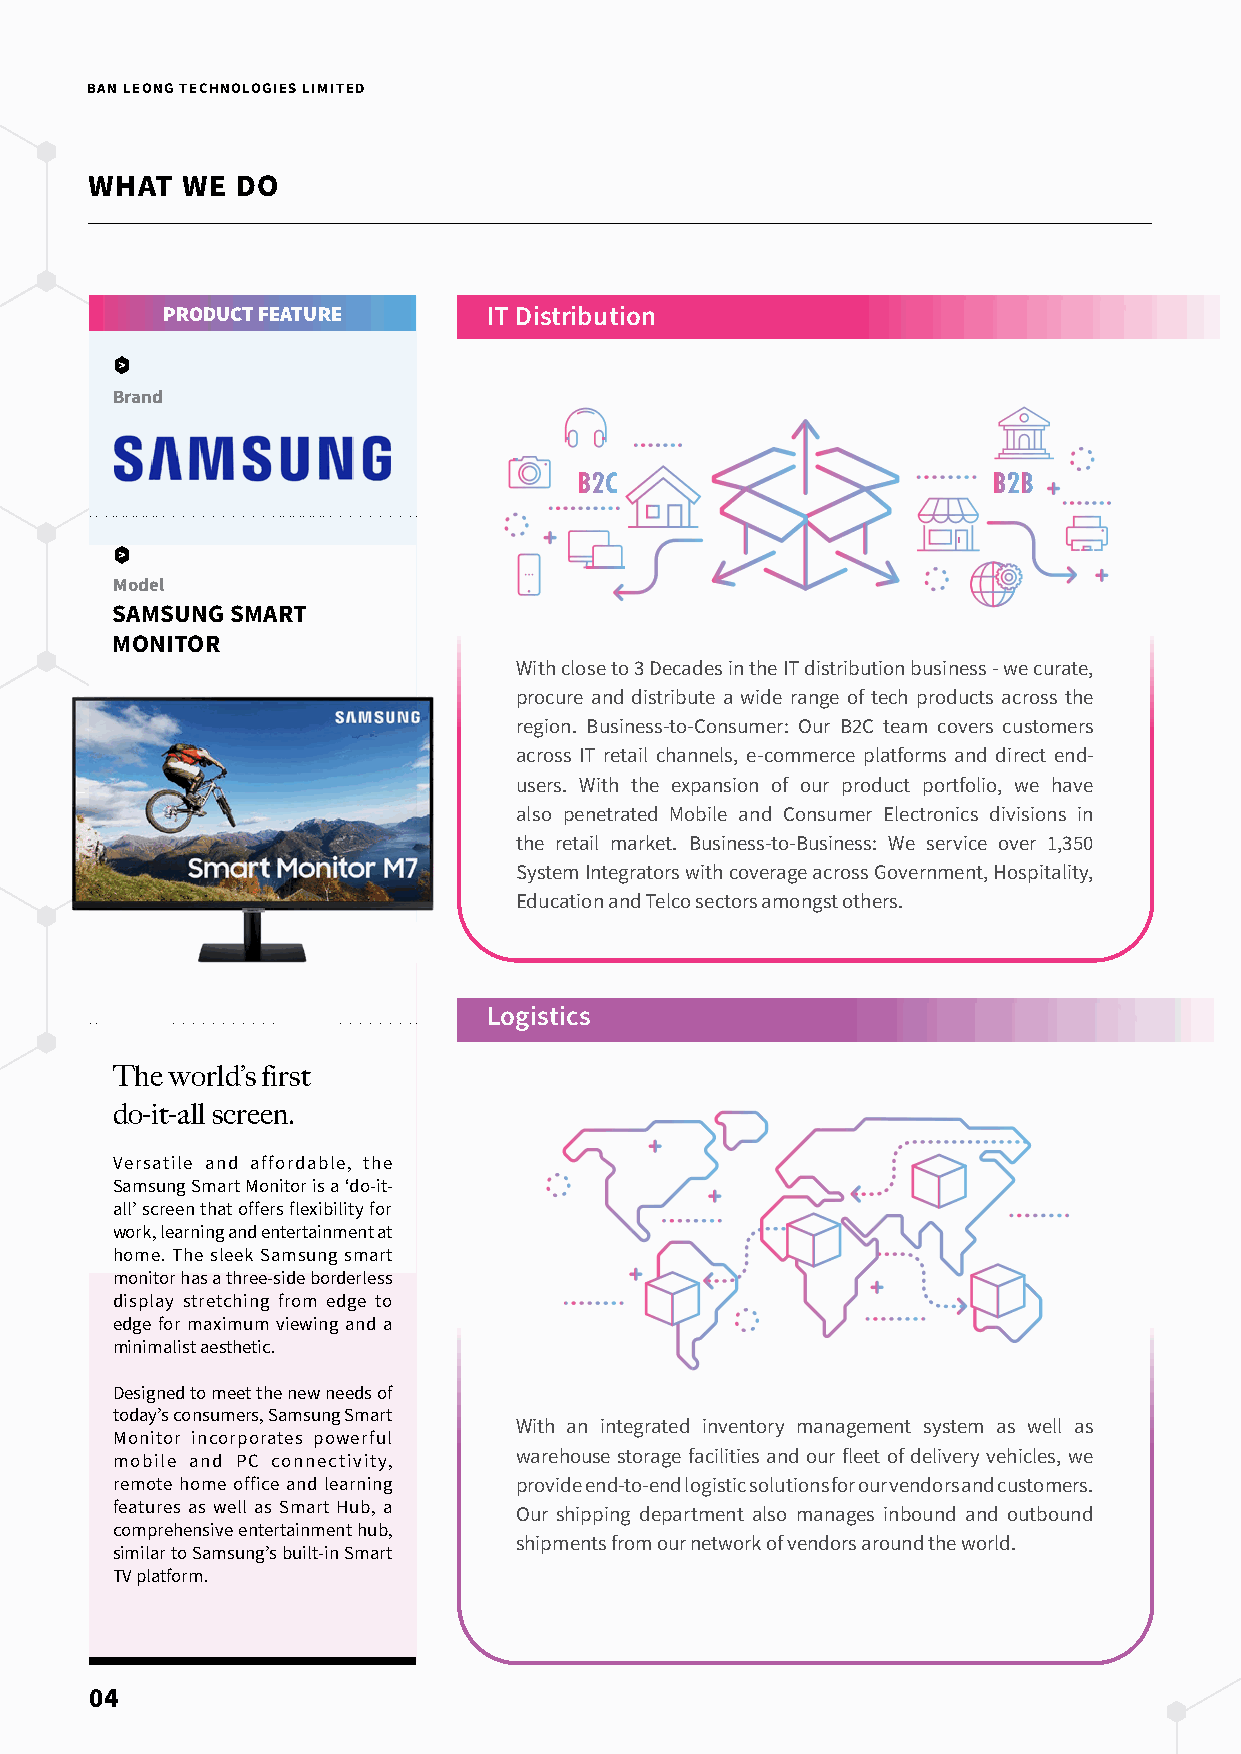
BAN LEONG TECHNOLOGIES LIMITED
 WHAT  WE  DO
 PRODUCT FEATURE      IT Distribution
 Brand
 B2C                         B2B
 Model
 SAMSUNG SMART
 MONITOR
 With close to 3 Decades in the IT distribution business - we curate,
 procure and distribute a wide range of tech products across the
 region. Business-to-Consumer: Our B2C team covers customers
 across IT retail channels, e-commerce platforms and direct end-
 users. With the expansion of our product portfolio, we have
 also penetrated Mobile and Consumer Electronics divisions in
 the retail market. Business-to-Business: We service over 1,350
 System Integrators with coverage across Government, Hospitality,
 Education and Telco sectors amongst others.
 Logistics
 The world’s first
 do-it-all screen.
 Versatile and affordable, the
 Samsung Smart Monitor is a ‘do-it-
 all’ screen that offers flexibility for
 work, learning and entertainment at
 home. The sleek Samsung smart
 monitor has a three-side borderless
 display stretching from edge to
 edge for maximum viewing and a
 minimalist aesthetic.
 Designed to meet the new needs of
 today’s consumers, Samsung Smart
 With an integrated inventory management system as well as
 Monitor incorporates powerful
 warehouse storage facilities and our fleet of delivery vehicles, we
 mobile and PC connectivity,
 remote home office and learning provide end-to-end logistic solutions for our vendors and customers.
 features as well as Smart Hub, a Our shipping department also manages inbound and outbound
 comprehensive entertainment hub,
 shipments from our network of vendors around the world.
 similar to Samsung’s built-in Smart
 TV platform.
 04